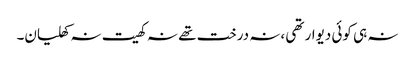
نہ ہی کوئی دیوار تھی ،نہ درخت تھے نہ کھیت نہ کھلیان۔